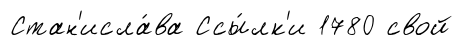
Стан'исла́ва Ссы́лк'и 1780 свой